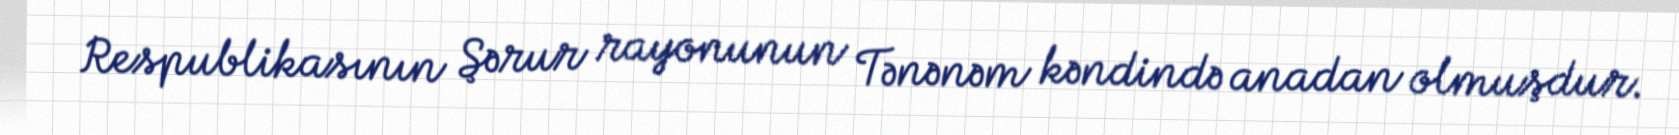
Respublikasının Şərur rayonunun Tənənəm kəndində anadan olmuşdur.